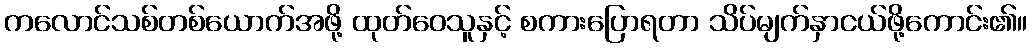
ကလောင်သစ်တစ်ယောက်အဖို့ ထုတ်ဝေသူနှင့် စကားပြောရတာ သိပ်မျက်နှာငယ်ဖို့ကောင်း၏။